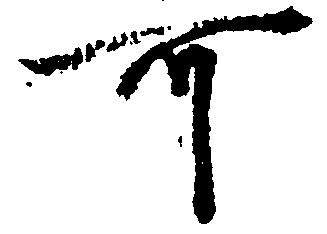
可